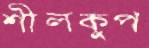
শীলকুপ